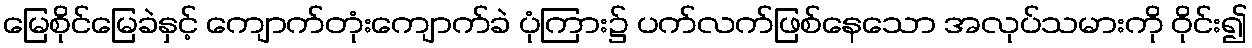
မြေစိုင်မြေခဲနှင့် ကျောက်တုံးကျောက်ခဲ ပုံကြား၌ ပက်လက်ဖြစ်နေသော အလုပ်သမားကို ဝိုင်း၍